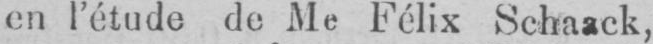
en l’étude de Me Félix Schaack,